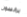
برانسون